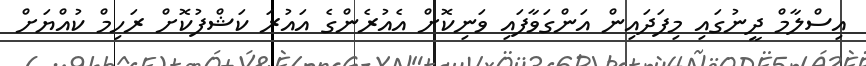
އިސްލާމް ދީނުގައި މިފަދައިން އަންގަވާފައި ވަނިކޮށް އެއުރެންގެ އައުރަ ކަޝްފުކޮށް ރަހިމް ކުއްޔަށް